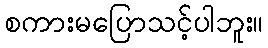
စကားမပြောသင့်ပါဘူး။